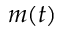
m ( t )